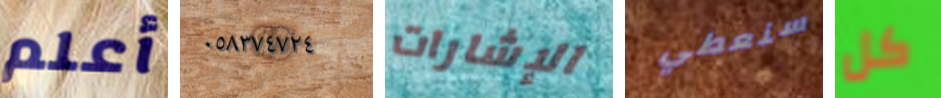
أعلم ٠٥٨٣٧٤٧٢٤ الإشارات سنعطي كل